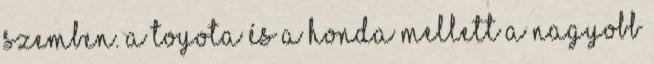
szemben. A Toyota és a Honda mellett a nagyobb